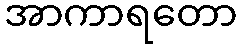
အာကာရတော